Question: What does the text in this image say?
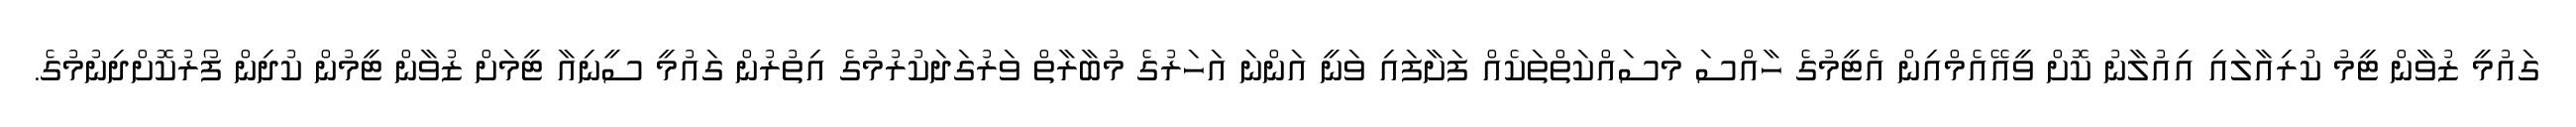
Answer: ގައުމީ ޒުވާން ޓީމު ކުރިއާލައި އިއުލާނު ކޮށް ވީއޭއެމްއިން އެޓީމުގެ ހާއްސަ މަސައްކަތްތަކެއް ފަށާފައި ވަނީ އަންނަ އަހަރުގެ މުބާރާތް ވަރުގަދަކުރުމުގެ އިތުރުން ގައުމީ ސީނިއާ ޓީމަށް ޒުވާން ޓީމުން ކުދިން ފޯރުކޮށްދިނުމުގެ.